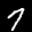
Label: 7